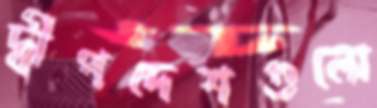
দ্বীপদেশগুলো